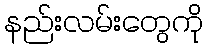
နည်းလမ်းတွေကို